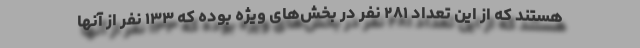
هستند که از این تعداد ۲۸۱ نفر در بخش‌های ویژه بوده که ۱۳۳ نفر از آنها